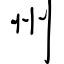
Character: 州